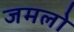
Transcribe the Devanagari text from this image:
जमलो